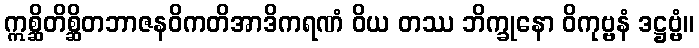
ဣစ္ဆိတိစ္ဆိတဘာဇနဝိကတိအာဒိကရဏံ ဝိယ တဿ ဘိက္ခုနော ဝိကုဗ္ဗနံ ဒဋ္ဌဗ္ဗံ။